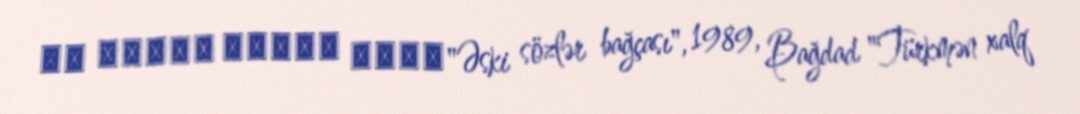
سى باغجھ سوزلر اسكى"Əski sözlər bağçası", 1989, Bağdad "Türkmən xalq